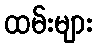
ထမ်းများ